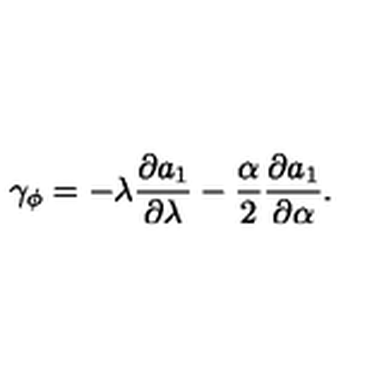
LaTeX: \gamma _ { \phi } = - \lambda \frac { \partial a _ { 1 } } { \partial \lambda } - \frac { \alpha } { 2 } \frac { \partial a _ { 1 } } { \partial \alpha } .